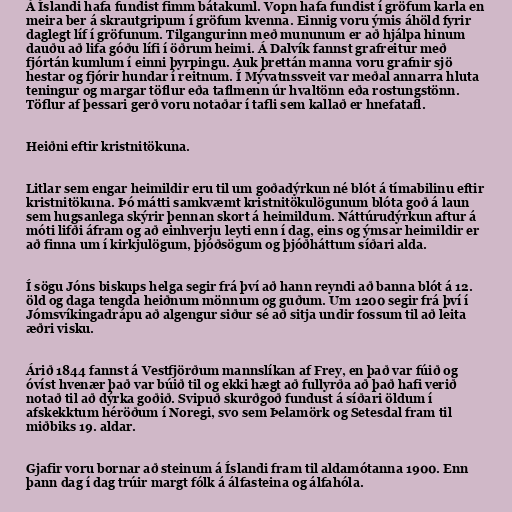
Á Íslandi hafa fundist fimm bátakuml. Vopn hafa fundist í gröfum karla en
meira ber á skrautgripum í gröfum kvenna. Einnig voru ýmis áhöld fyrir
daglegt líf í gröfunum. Tilgangurinn með mununum er að hjálpa hinum
dauðu að lifa góðu lífi í öðrum heimi. Á Dalvík fannst grafreitur með
fjórtán kumlum í einni þyrpingu. Auk þrettán manna voru grafnir sjö
hestar og fjórir hundar í reitnum. Í Mývatnssveit var meðal annarra hluta
teningur og margar töflur eða taflmenn úr hvaltönn eða rostungstönn.
Töflur af þessari gerð voru notaðar í tafli sem kallað er hnefatafl.

Heiðni eftir kristnitökuna.

Litlar sem engar heimildir eru til um goðadýrkun né blót á tímabilinu eftir
kristnitökuna. Þó mátti samkvæmt kristnitökulögunum blóta goð á laun
sem hugsanlega skýrir þennan skort á heimildum. Náttúrudýrkun aftur á
móti lifði áfram og að einhverju leyti enn í dag, eins og ýmsar heimildir er
að finna um í kirkjulögum, þjóðsögum og þjóðháttum síðari alda.

Í sögu Jóns biskups helga segir frá því að hann reyndi að banna blót á 12.
öld og daga tengda heiðnum mönnum og guðum. Um 1200 segir frá því í
Jómsvíkingadrápu að algengur siður sé að sitja undir fossum til að leita
æðri visku.

Árið 1844 fannst á Vestfjörðum mannslíkan af Frey, en það var fúið og
óvíst hvenær það var búið til og ekki hægt að fullyrða að það hafi verið
notað til að dýrka goðið. Svipuð skurðgoð fundust á síðari öldum í
afskekktum héröðum í Noregi, svo sem Þelamörk og Setesdal fram til
miðbiks 19. aldar.

Gjafir voru bornar að steinum á Íslandi fram til aldamótanna 1900. Enn
þann dag í dag trúir margt fólk á álfasteina og álfahóla.